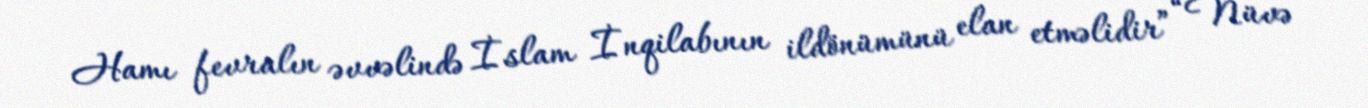
Hamı fevralın əvvəlində İslam İnqilabının ildönümünü elan etməlidir” “Nüvə